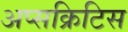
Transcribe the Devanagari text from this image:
अप्सक्रिटिस